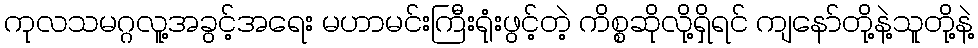
ကုလသမဂ္ဂလူ့အခွင့်အရေး မဟာမင်းကြီးရုံးဖွင့်တဲ့ ကိစ္စဆိုလို့ရှိရင် ကျနော်တို့နဲ့သူတို့နဲ့